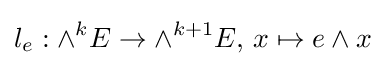
l_{e}:\wedge ^{k}E\to \wedge ^{k+1}E,\,x\mapsto e\wedge x